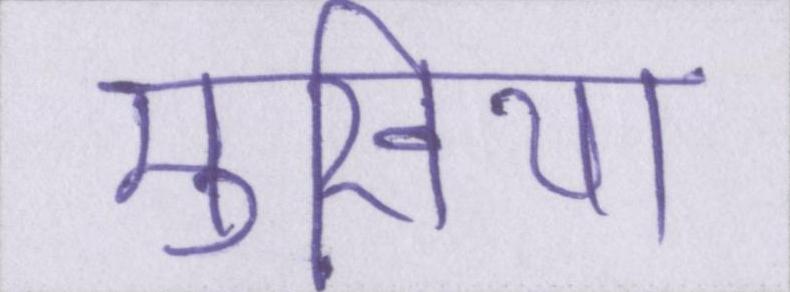
मुखिया